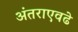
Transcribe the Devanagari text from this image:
अंतराएवढे